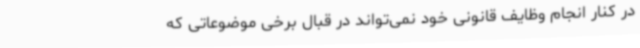
در کنار انجام وظایف قانونی خود نمی‌تواند در قبال برخی موضوعاتی که